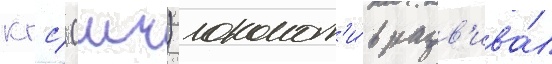
кгс/ (мч) локомот'и́в разв'ива́л